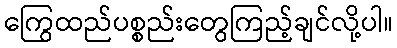
ကြွေထည်ပစ္စည်းတွေကြည့်ချင်လို့ပါ။